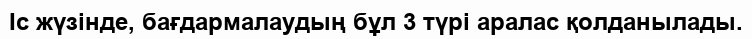
Іс жүзінде, бағдармалаудың бұл 3 түрі аралас қолданылады.